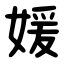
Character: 媛